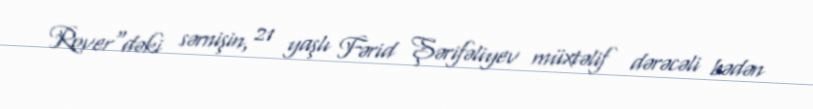
Rover"dəki sərnişin, 21 yaşlı Fərid Şərifəliyev müxtəlif dərəcəli bədən